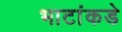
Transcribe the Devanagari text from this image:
भाटांकडे